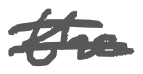
Text: the
Cross-out: double-line
Writing tool: digital_gray